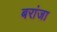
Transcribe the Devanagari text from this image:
बरांजा